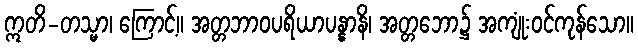
ဣတိ-တသ္မာ၊ ကြောင့်။ အတ္တဘာဝပရိယာပန္နာနိ၊ အတ္တဘော၌ အကျုံးဝင်ကုန်သော။